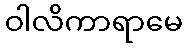
ဝါလိကာရာမေ